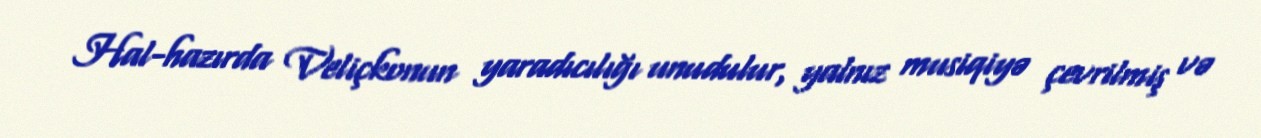
Hal-hazırda Veliçkonun yaradıcılığı unudulur, yalnız musiqiyə çevrilmiş və